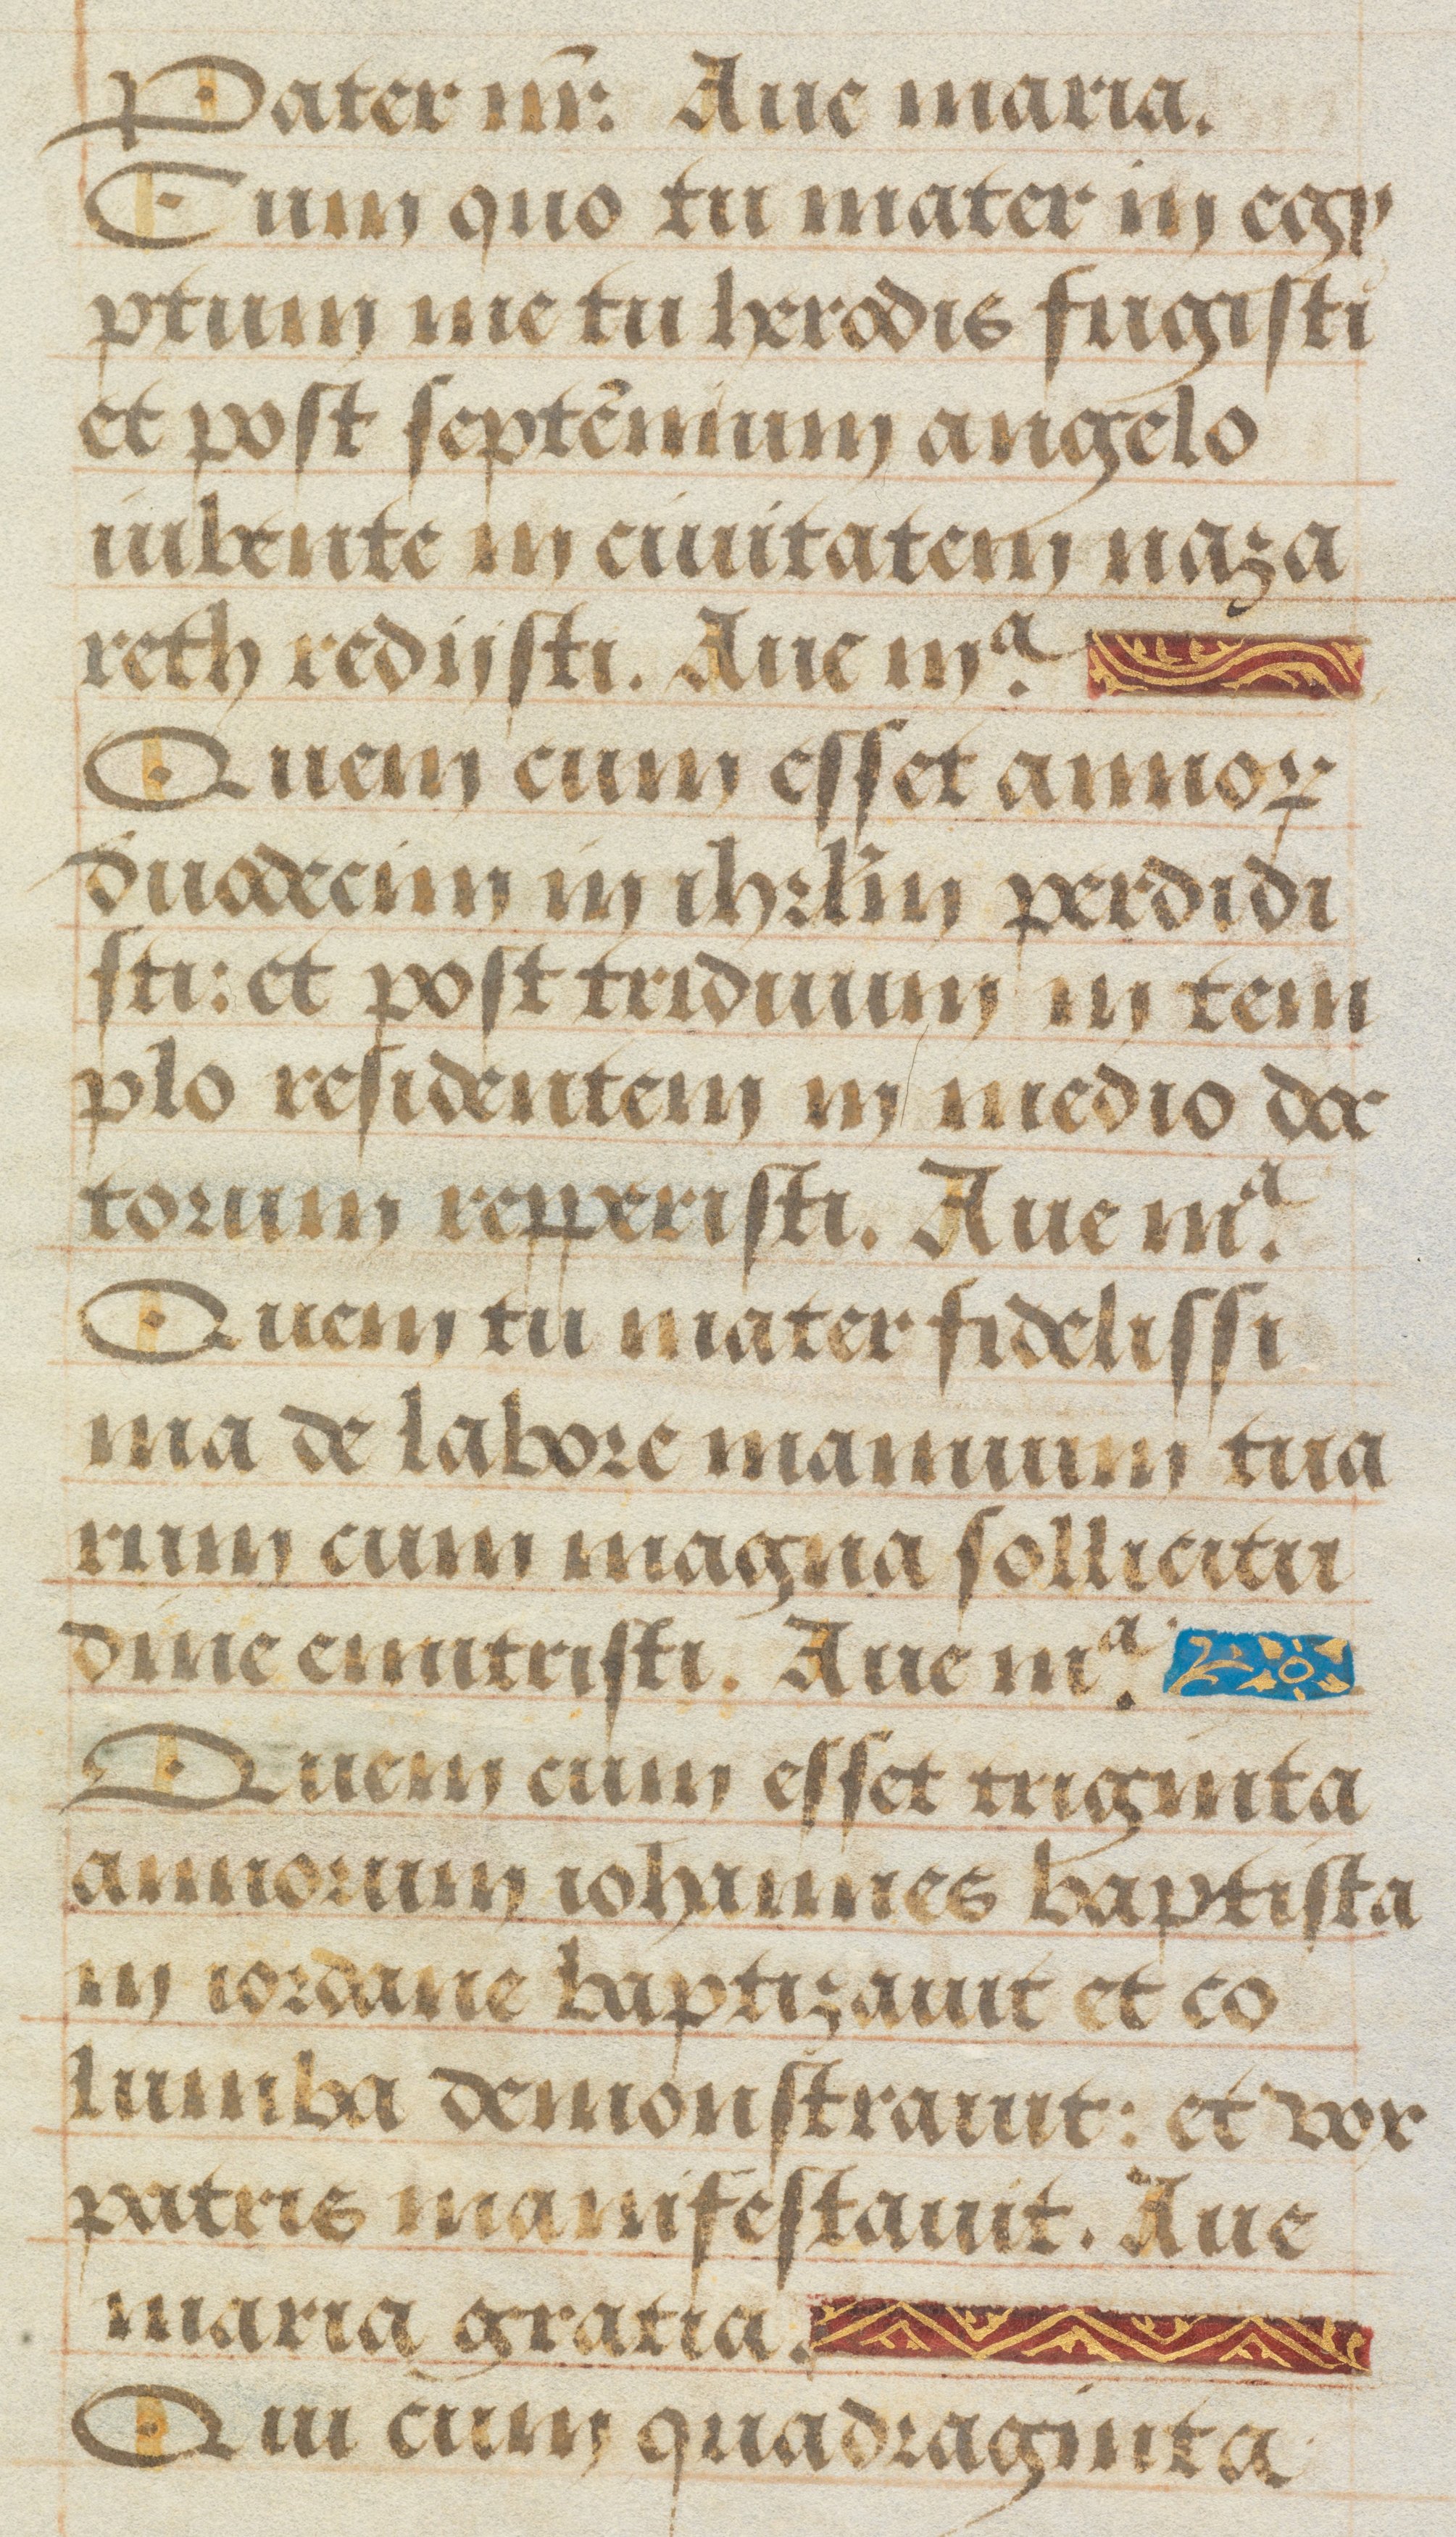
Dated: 1450–1499